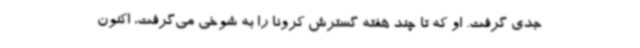
جدی گرفت. او که تا چند هفته گسترش کرونا را به شوخی می‌گرفت، اکنون